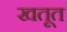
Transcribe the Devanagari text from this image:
खतूत